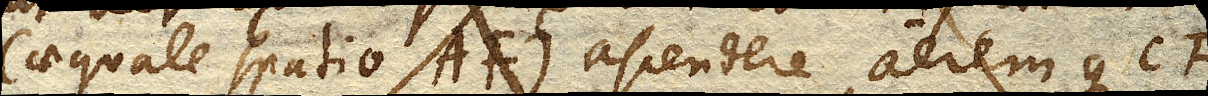
(aequale spatio AF.) ascendere aeremque CF.